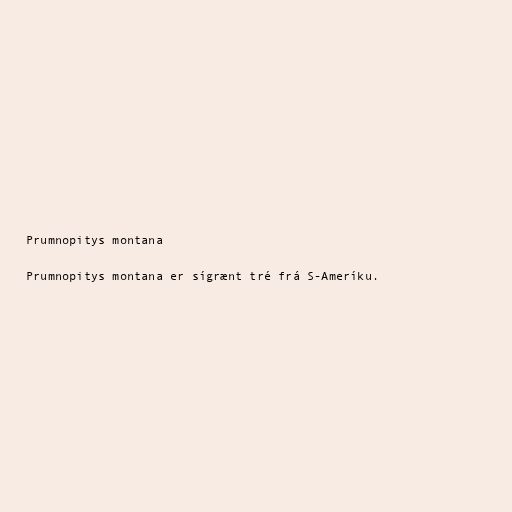
Prumnopitys montana

Prumnopitys montana er sígrænt tré frá S-Ameríku.